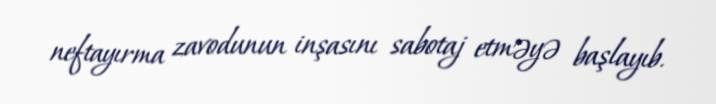
neftayırma zavodunun inşasını sabotaj etməyə başlayıb.